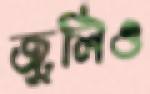
জুলিও